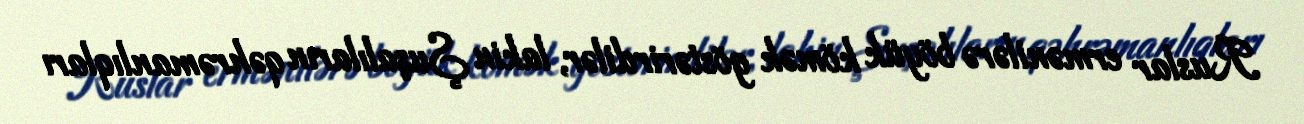
Ruslar ermənilərə böyük kömək göstərirdilər, lakin Şuşalıların qəhrəmanlıqları